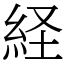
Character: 経